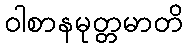
ဝါစာနမုတ္တမာတိ